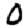
Digit: 0